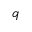
q